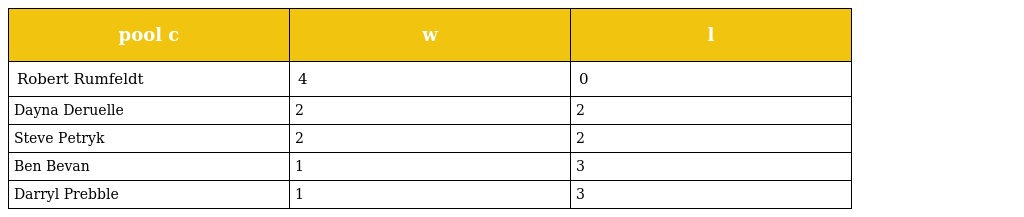
| pool c | w | l |
 | --- | --- | --- |
 | Robert Rumfeldt | 4 | 0 |
 | Dayna Deruelle | 2 | 2 |
 | Steve Petryk | 2 | 2 |
 | Ben Bevan | 1 | 3 |
 | Darryl Prebble | 1 | 3 |